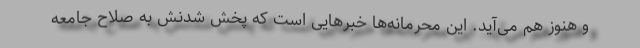
و هنوز هم می‌آید. این محرمانه‌ها خبرهایی است که پخش شدنش به صلاح جامعه